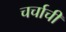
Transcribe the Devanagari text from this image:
चर्चाची